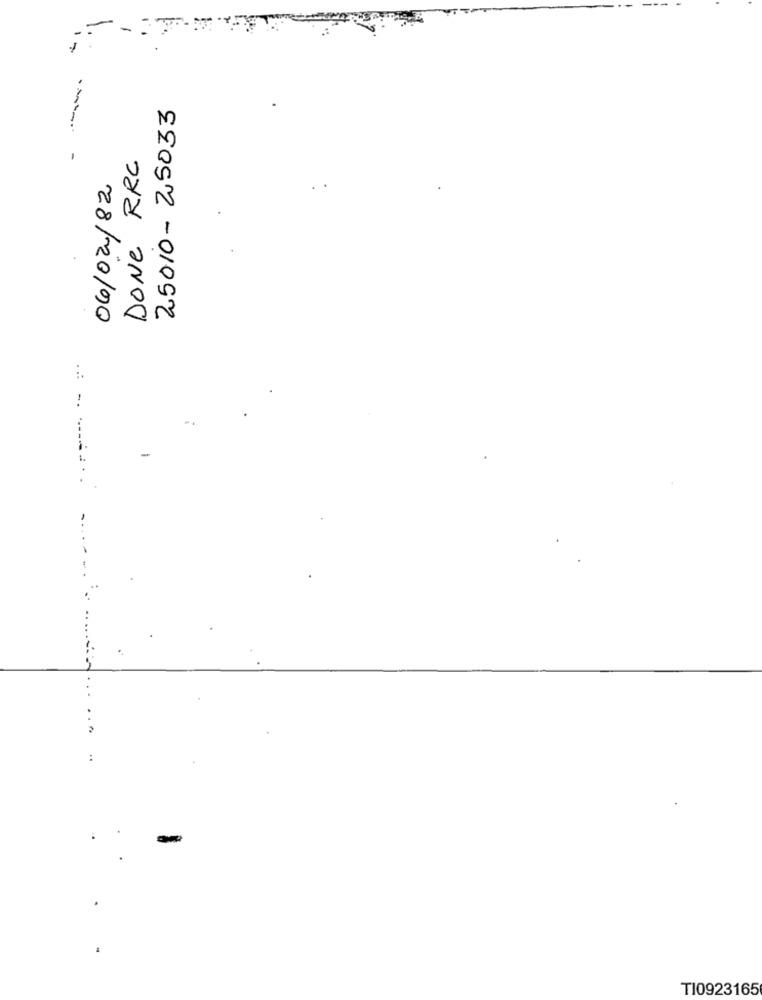
-
25010- 25033
.
DONE RRC
06/02/82
-
--------
T10923165